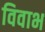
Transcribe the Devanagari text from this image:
विवाभ